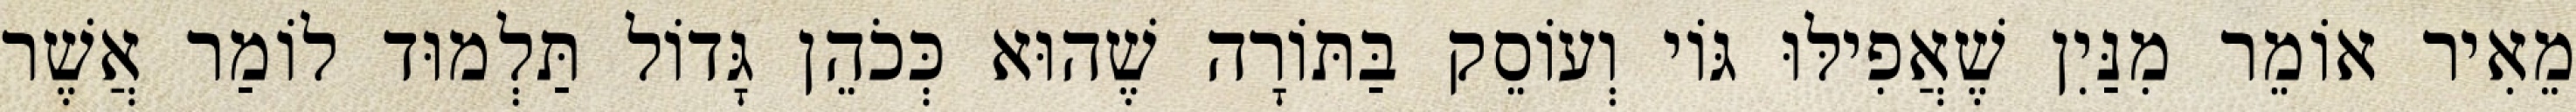
מֵאִיר אוֹמֵר מִנַּיִן שֶׁאֲפִילּוּ גּוֹי וְעוֹסֵק בַּתּוֹרָה שֶׁהוּא כְּכֹהֵן גָּדוֹל תַּלְמוּד לוֹמַר אֲשֶׁר